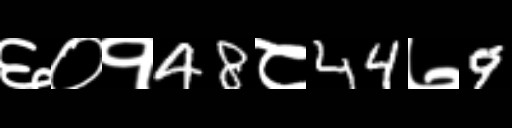
Text: ६०१48८44७9